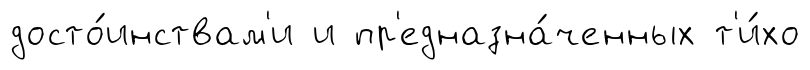
досто́инствам'и и пр'едназна́ченных т'и́хо